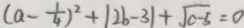
( a - \frac { 1 } { 4 } ) ^ { 2 } + \vert 2 b - 3 \vert + \sqrt { c - 5 } = 0